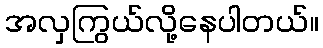
အလှကြွယ်လို့နေပါတယ်။